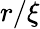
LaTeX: r/\xi